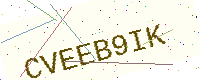
Text: CVEEB9IK